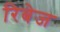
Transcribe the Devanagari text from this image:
रिबेज